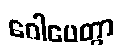
ဂေါပေတွာ